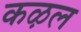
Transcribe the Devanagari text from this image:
कऴल